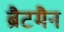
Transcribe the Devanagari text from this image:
ब्रैटमैन